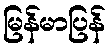
မြန်မာပြန်